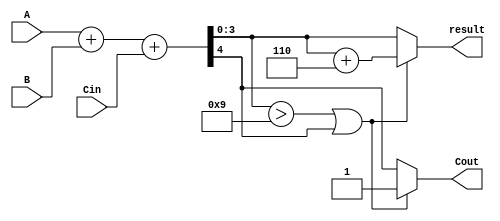
module BCD_Hybrid_Adder (
    input  [3:0] A,     // First BCD digit
    input  [3:0] B,     // Second BCD digit
    input        Cin,    // Carry-in
    output [3:0] result, // BCD output
    output       Cout     // Carry-out
);

wire [4:0] sum;       // 5-bit sum to accommodate the carry
wire correction_needed; // Signal to indicate if correction is necessary

// Step 1: Binary addition of A, B and Cin
assign sum = A + B + Cin;

// Step 2: Determine if correction is needed
assign correction_needed = (sum[3:0] > 4'b1001) || sum[4];

// Step 3: Final result calculation
assign result = correction_needed ? (sum[3:0] + 4'b0110) : sum[3:0];
assign Cout = correction_needed ? 1'b1 : sum[4]; // Set Cout for further addition

endmodule